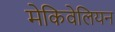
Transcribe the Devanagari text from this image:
मेकिवेलियन